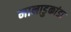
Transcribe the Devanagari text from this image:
मानाडुकांडा